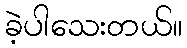
ခဲ့ပါသေးတယ်။